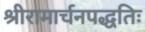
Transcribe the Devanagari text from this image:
श्रीरामार्चनपद्धतिः